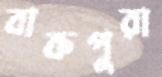
বাকপুরা